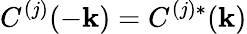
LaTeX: C^{(j)}(-\mathbf{k})=C^{(j)*}(\mathbf{k})